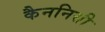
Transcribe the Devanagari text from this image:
कैननिसी